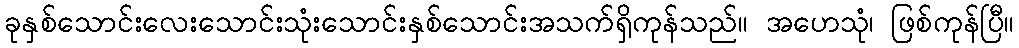
ခုနှစ်သောင်းလေးသောင်းသုံးသောင်းနှစ်သောင်းအသက်ရှိကုန်သည်။ အဟေသုံ၊ ဖြစ်ကုန်ပြီ။